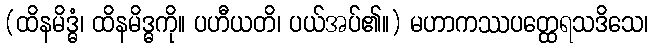
(ထိနမိဒ္ဓံ၊ ထိနမိဒ္ဓကို။ ပဟီယတိ၊ ပယ်အပ်၏။) မဟာကဿပတ္ထေရသဒိသေ၊